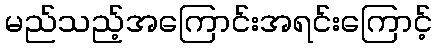
မည်သည့်အကြောင်းအရင်းကြောင့်